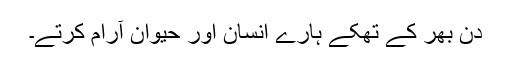
دن بھر کے تھکے ہارے انسان اور حیوان آرام کرتے۔